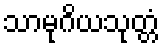
သာမုဂိယသုတ္တံ